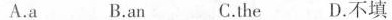
A.a B.an C.the D.不填